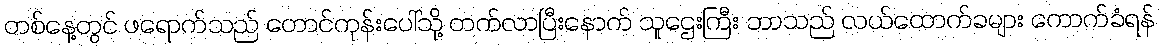
တစ်နေ့တွင် ဖရောက်သည် တောင်ကုန်းပေါ်သို့ တက်လာပြီးနောက် သူဌေးကြီး ဘာသည် လယ်ထောက်ခများ ကောက်ခံရန်